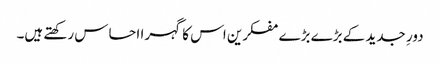
دورِ جدید کے بڑے بڑے مفکرین اس کا گہرا احساس رکھتے ہیں۔